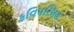
કવિપરિચય